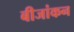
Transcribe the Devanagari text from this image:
बीजांकन